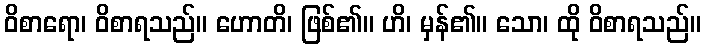
ဝိစာရော၊ ဝိစာရသည်။ ဟောတိ၊ ဖြစ်၏။ ဟိ၊ မှန်၏။ သော၊ ထို ဝိစာရသည်။